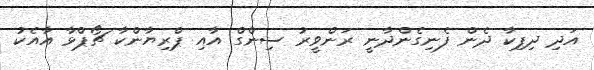
އަދި ދިޕިކާ ދެން ފެނިގެންދާނީ ރަންވީރު ސިންގް އާއި ޕްރިޔާންކާ ޗޯޕްޅާ އާއެކު